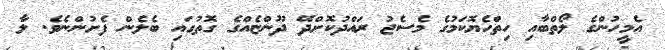
އެމީހުންގެ ލޯތްބާއި ހިތްހެޔޮކަމުގެ މެސެޖު ރައްދުކޮށްދޭ ދޫންޏެއްގެ ގޮތުގައި ބެލެން ފެށުންނެވެ. ލާ